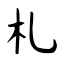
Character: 札